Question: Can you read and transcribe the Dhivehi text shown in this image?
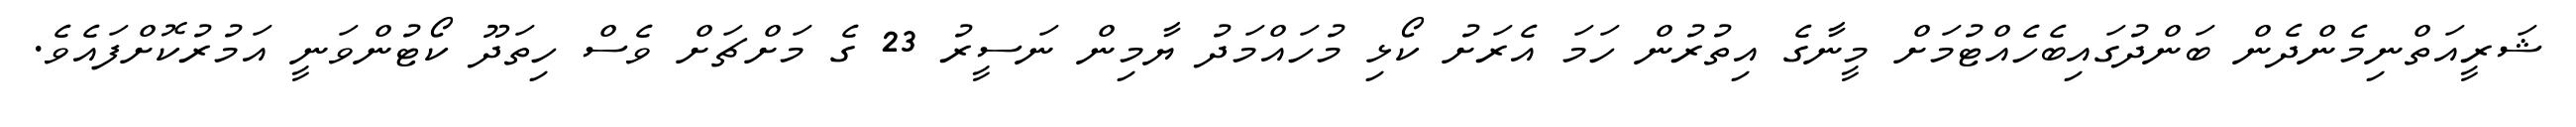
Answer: ޝަރީއަތްނިމެންދެން ބަންދުގައިބެހެއްޓުމަށް މީނާގެ އިތުރުން ހަމަ އެރަށު ކޯޅި މުހައްމަދު ޔާމިން ނަސީރު 23 ގެ މަށްޗަށް ވެސް ހިތަދޫ ކޯޓުންވަނީ އަމުރުކޮށްފައެވެ.